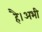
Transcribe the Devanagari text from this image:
है।अभी